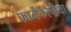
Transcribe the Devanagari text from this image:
फार्मेकोपीया